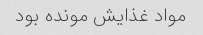
مواد غذایش مونده بود